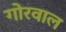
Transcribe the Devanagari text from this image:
गोरवाल